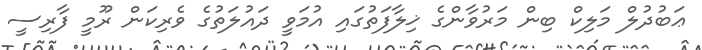
ޢަބުދުލް މަލިކް ބިން މަރުވާންގެ ޚިލާފަތުގައި އުމަވީ ދައުލަތުގެ ވެރިކަން ރޫމީ ފާރިސީ